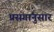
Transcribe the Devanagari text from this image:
प्रसंगांनुसार